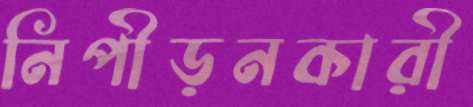
নিপীড়নকারী